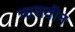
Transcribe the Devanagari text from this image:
चालवीन